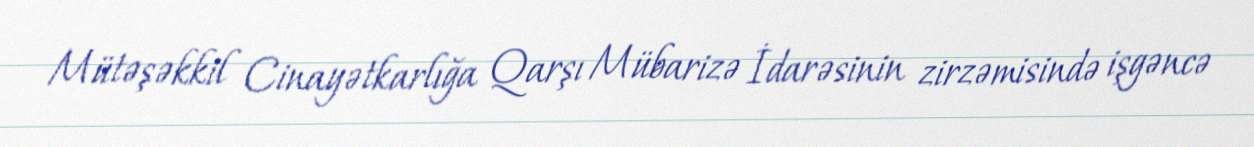
Mütəşəkkil Cinayətkarlığa Qarşı Mübarizə İdarəsinin zirzəmisində işgəncə